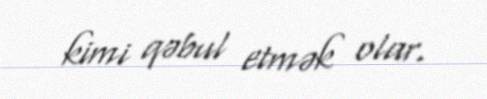
kimi qəbul etmək olar.